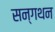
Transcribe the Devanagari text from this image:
सन्गथन